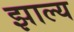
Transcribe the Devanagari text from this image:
झाल्य